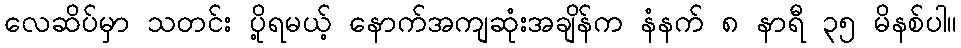
လေဆိပ်မှာ သတင်း ပို့ရမယ့် နောက်အကျဆုံးအချိန်က နံနက် ၈ နာရီ ၃၅ မိနစ်ပါ။